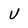
Character: V